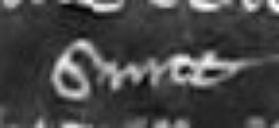
sunt